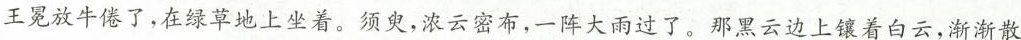
王冕放牛倦了，在绿草地上坐着。须臾，浓云密布，一阵大雨过了。那黑云边上镶着白云，渐渐放